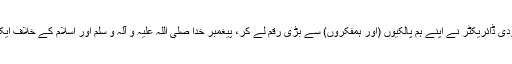
اس بار ایک صہیونی / یہودی ڈائریکٹر نے اپنے ہم پالکیوں (اور ہمفکروں) سے بڑی رقم لے کر، پیغمبر خدا صلی اللہ علیہ و آلہ و سلم اور اسلام کے خلاف ایک توہین آمیز فلم بنائی ہے۔